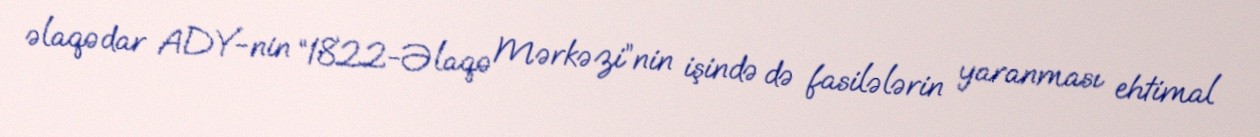
əlaqədar ADY-nin “1822-Əlaqə Mərkəzi”nin işində də fasilələrin yaranması ehtimal